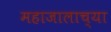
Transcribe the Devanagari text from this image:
महाजालाच्या